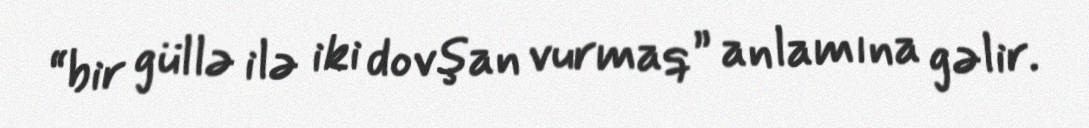
“bir güllə ilə iki dovşan vurmaq” anlamına gəlir.